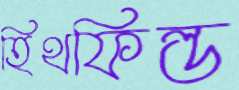
হিথফিল্ড